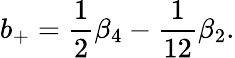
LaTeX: b_{+}=\frac 12\beta_{4}-\frac 1{12}\beta_{2}.